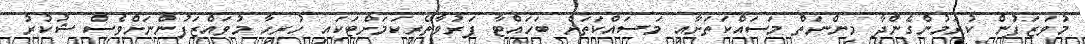
މުވަޒަފުން ކުރަމުންގެންދާ މިންނަތް މަސައްކަތަށާއި މަސައްކަތަށް ބަހައްޓާ ފަރުވާތެރިކަމަށްޓަކައި ހުރިހާ މުވައްޒަފުންނަށްވެސް ޝުކުރު